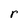
Character: r